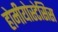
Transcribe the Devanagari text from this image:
होमीयोस्टेसिस